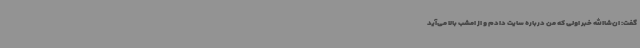
گفت: ان‌شاالله خبر اولی که من درباره سایت دادم و از امشب بالا می‌آید